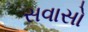
સવાસો